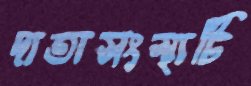
দাতাসংস্থাটি